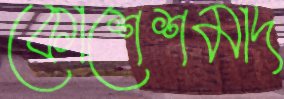
কোশেশমাদ